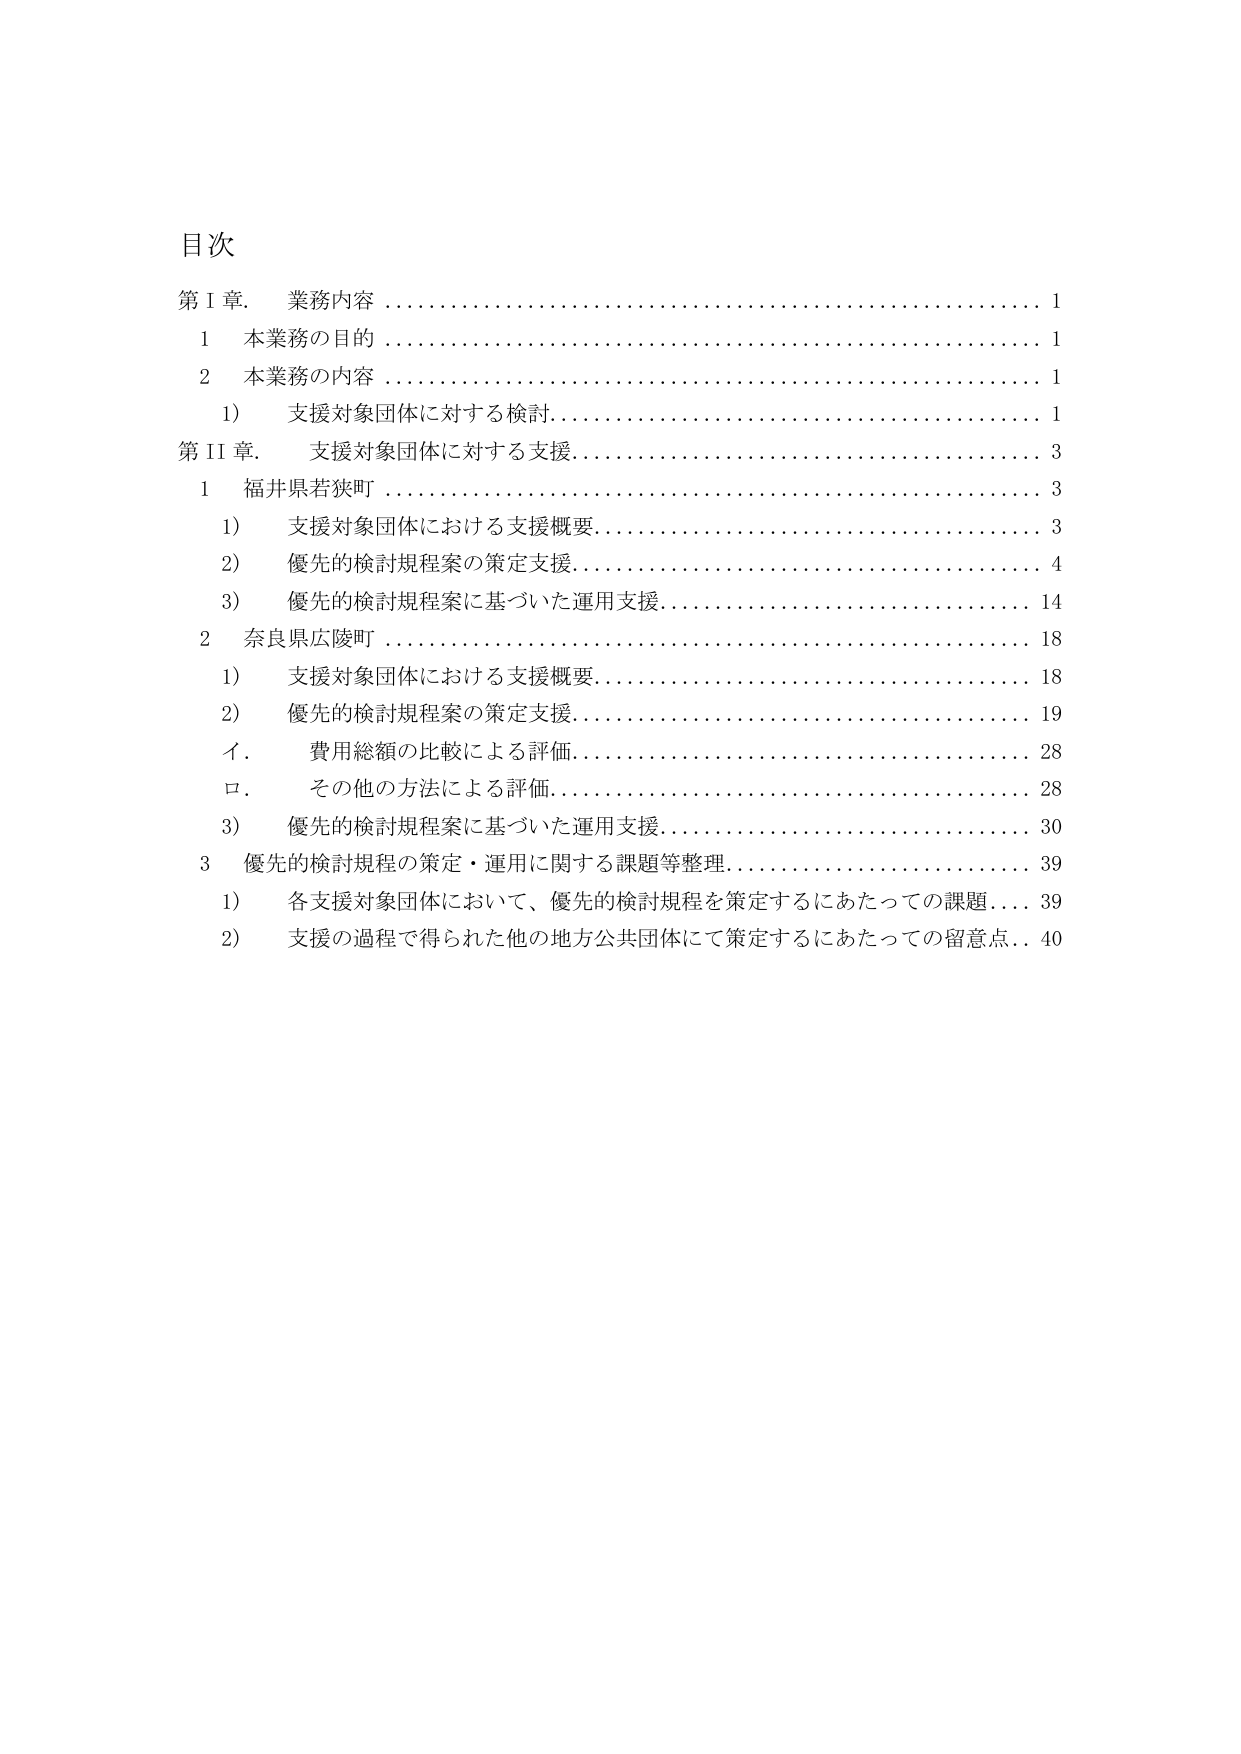
目次
第Ⅰ章． 業務内容 …………………………………………………… 1
　1　本業務の目的 …………………………………………………… 1
　2　本業務の内容 …………………………………………………… 1
　　1） 支援対象団体に対する検討…………………………………… 1
第Ⅱ章． 支援対象団体に対する支援………………………………… 3
　1　福井県若狭町 …………………………………………………… 3
　　1） 支援対象団体における支援概要……………………………… 3
　　2） 優先的検討規程案の策定支援………………………………… 4
　　3） 優先的検討規程案に基づいた運用支援……………………… 14
　2　奈良県広陵町 …………………………………………………… 18
　　1） 支援対象団体における支援概要……………………………… 18
　　2） 優先的検討規程案の策定支援………………………………… 19
　　イ． 費用総額の比較による評価…………………………………… 28
　　ロ． その他の方法による評価……………………………………… 28
　　3） 優先的検討規程案に基づいた運用支援……………………… 30
　3　優先的検討規程の策定・運用に関する課題等整理……………… 39
　　1） 各支援対象団体において、優先的検討規程を策定するにあたっての課題…… 39
　　2） 支援の過程で得られた他の地方公共団体にて策定するにあたっての留意点… 40